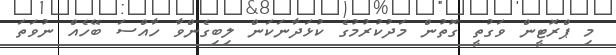
މި ޕްރޮޓީން ވަގުތީ ގޮތުން މަދުކުރުމުގެ ކުޅަދާނަކަން ލިބިގެންވާ ހާއްސަ ބޭހެއް ނުވަތަ